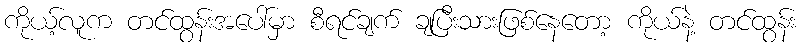
ကိုယ့်လူက တင်ထွန်းအပေါ်မှာ စီရင်ချက် ချပြီးသားဖြစ်နေတော့ ကိုယ်နဲ့ တင်ထွန်း